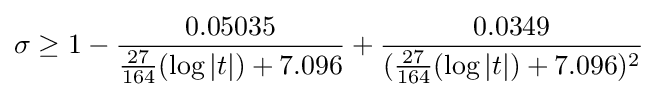
\sigma \geq 1-{\frac {0.05035}{{\frac {27}{164}}(\log {|t|})+7.096}}+{\frac {0.0349}{({\frac {27}{164}}(\log {|t|})+7.096)^{2}}}